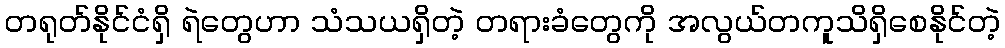
တရုတ်နိုင်ငံရှိ ရဲတွေဟာ သံသယရှိတဲ့ တရားခံတွေကို အလွယ်တကူသိရှိစေနိုင်တဲ့